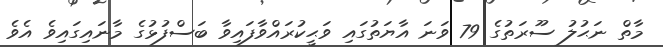
މާތް ނަޙުލު ސޫރަތުގެ 79 ވަނަ އާޔަތުގައި ވަޙީކުރައްވާފައިވާ ބަސްފުޅުގެ މާނައިގައިވެ އެވެ